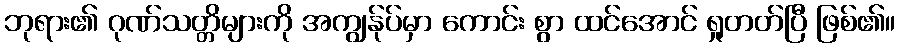
ဘုရား၏ ဂုဏ်သတ္တိများကို အကျွန်ုပ်မှာ ကောင်း စွာ ထင်အောင် ရှုတတ်ပြီ ဖြစ်၏။